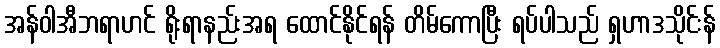
အန်ဝါအီဘရာဟင် ရိုးရာနည်းအရ ထောင်နိုင်ရန် တိမ်ကောပြီး ရပ်ပါသည် ရှဟာဒသိုင်းန်